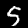
Label: 5